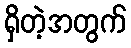
ရှိတဲ့အတွက်